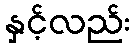
နှင့်လည်း